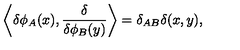
\left\langle \delta \phi _ { A } ( x ) , { \frac { \delta } { \delta \phi _ { B } ( y ) } } \right\rangle = \delta _ { A B } \delta ( x , y ) ,